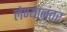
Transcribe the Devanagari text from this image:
लेण्यानंतर